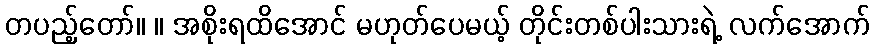
တပည့်တော်။ ။ အစိုးရထိအောင် မဟုတ်ပေမယ့် တိုင်းတစ်ပါးသားရဲ့ လက်အောက်